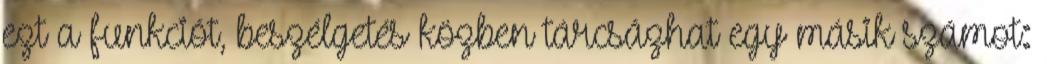
ezt a funkciót, beszélgetés közben tárcsázhat egy másik számot: